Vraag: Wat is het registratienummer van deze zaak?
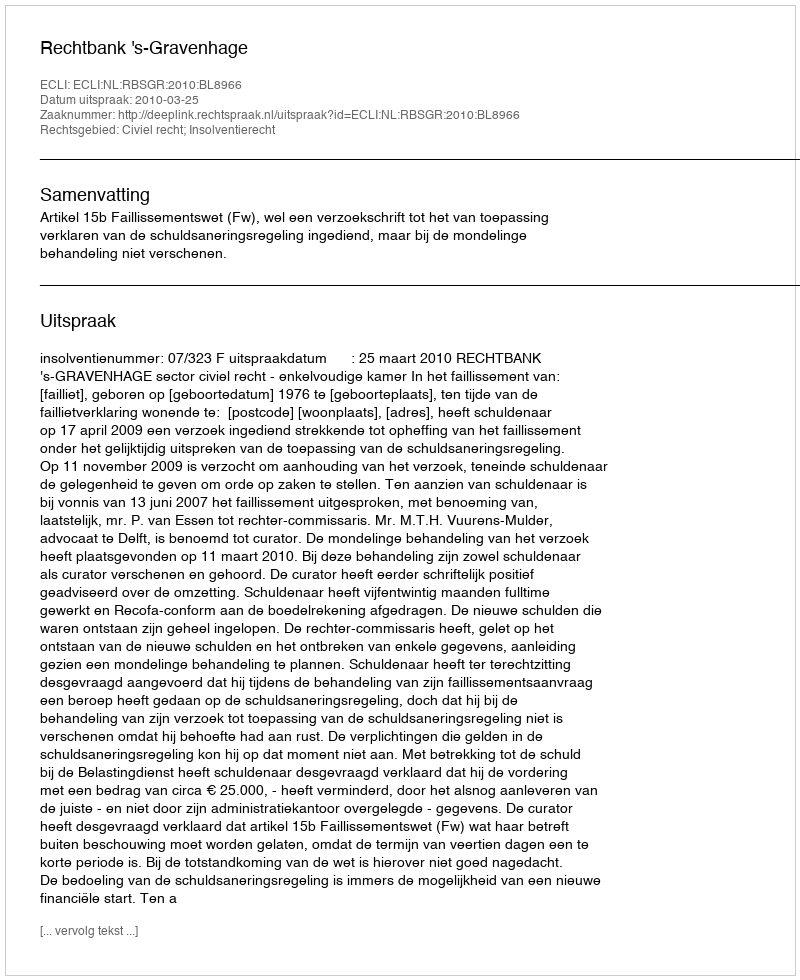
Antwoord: http://deeplink.rechtspraak.nl/uitspraak?id=ECLI:NL:RBSGR:2010:BL8966